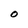
Character: 0